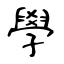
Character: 學